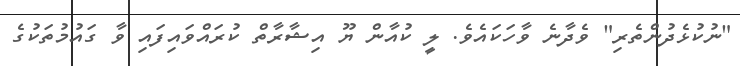
"ނުކުޅެދުންތެރި" ވެދާނެ ވާހަކައެވެ. ލީ ކުއާން ޔޫ އިޝާރާތް ކުރައްވައިފައި ވާ ގައުމުތަކުގެ